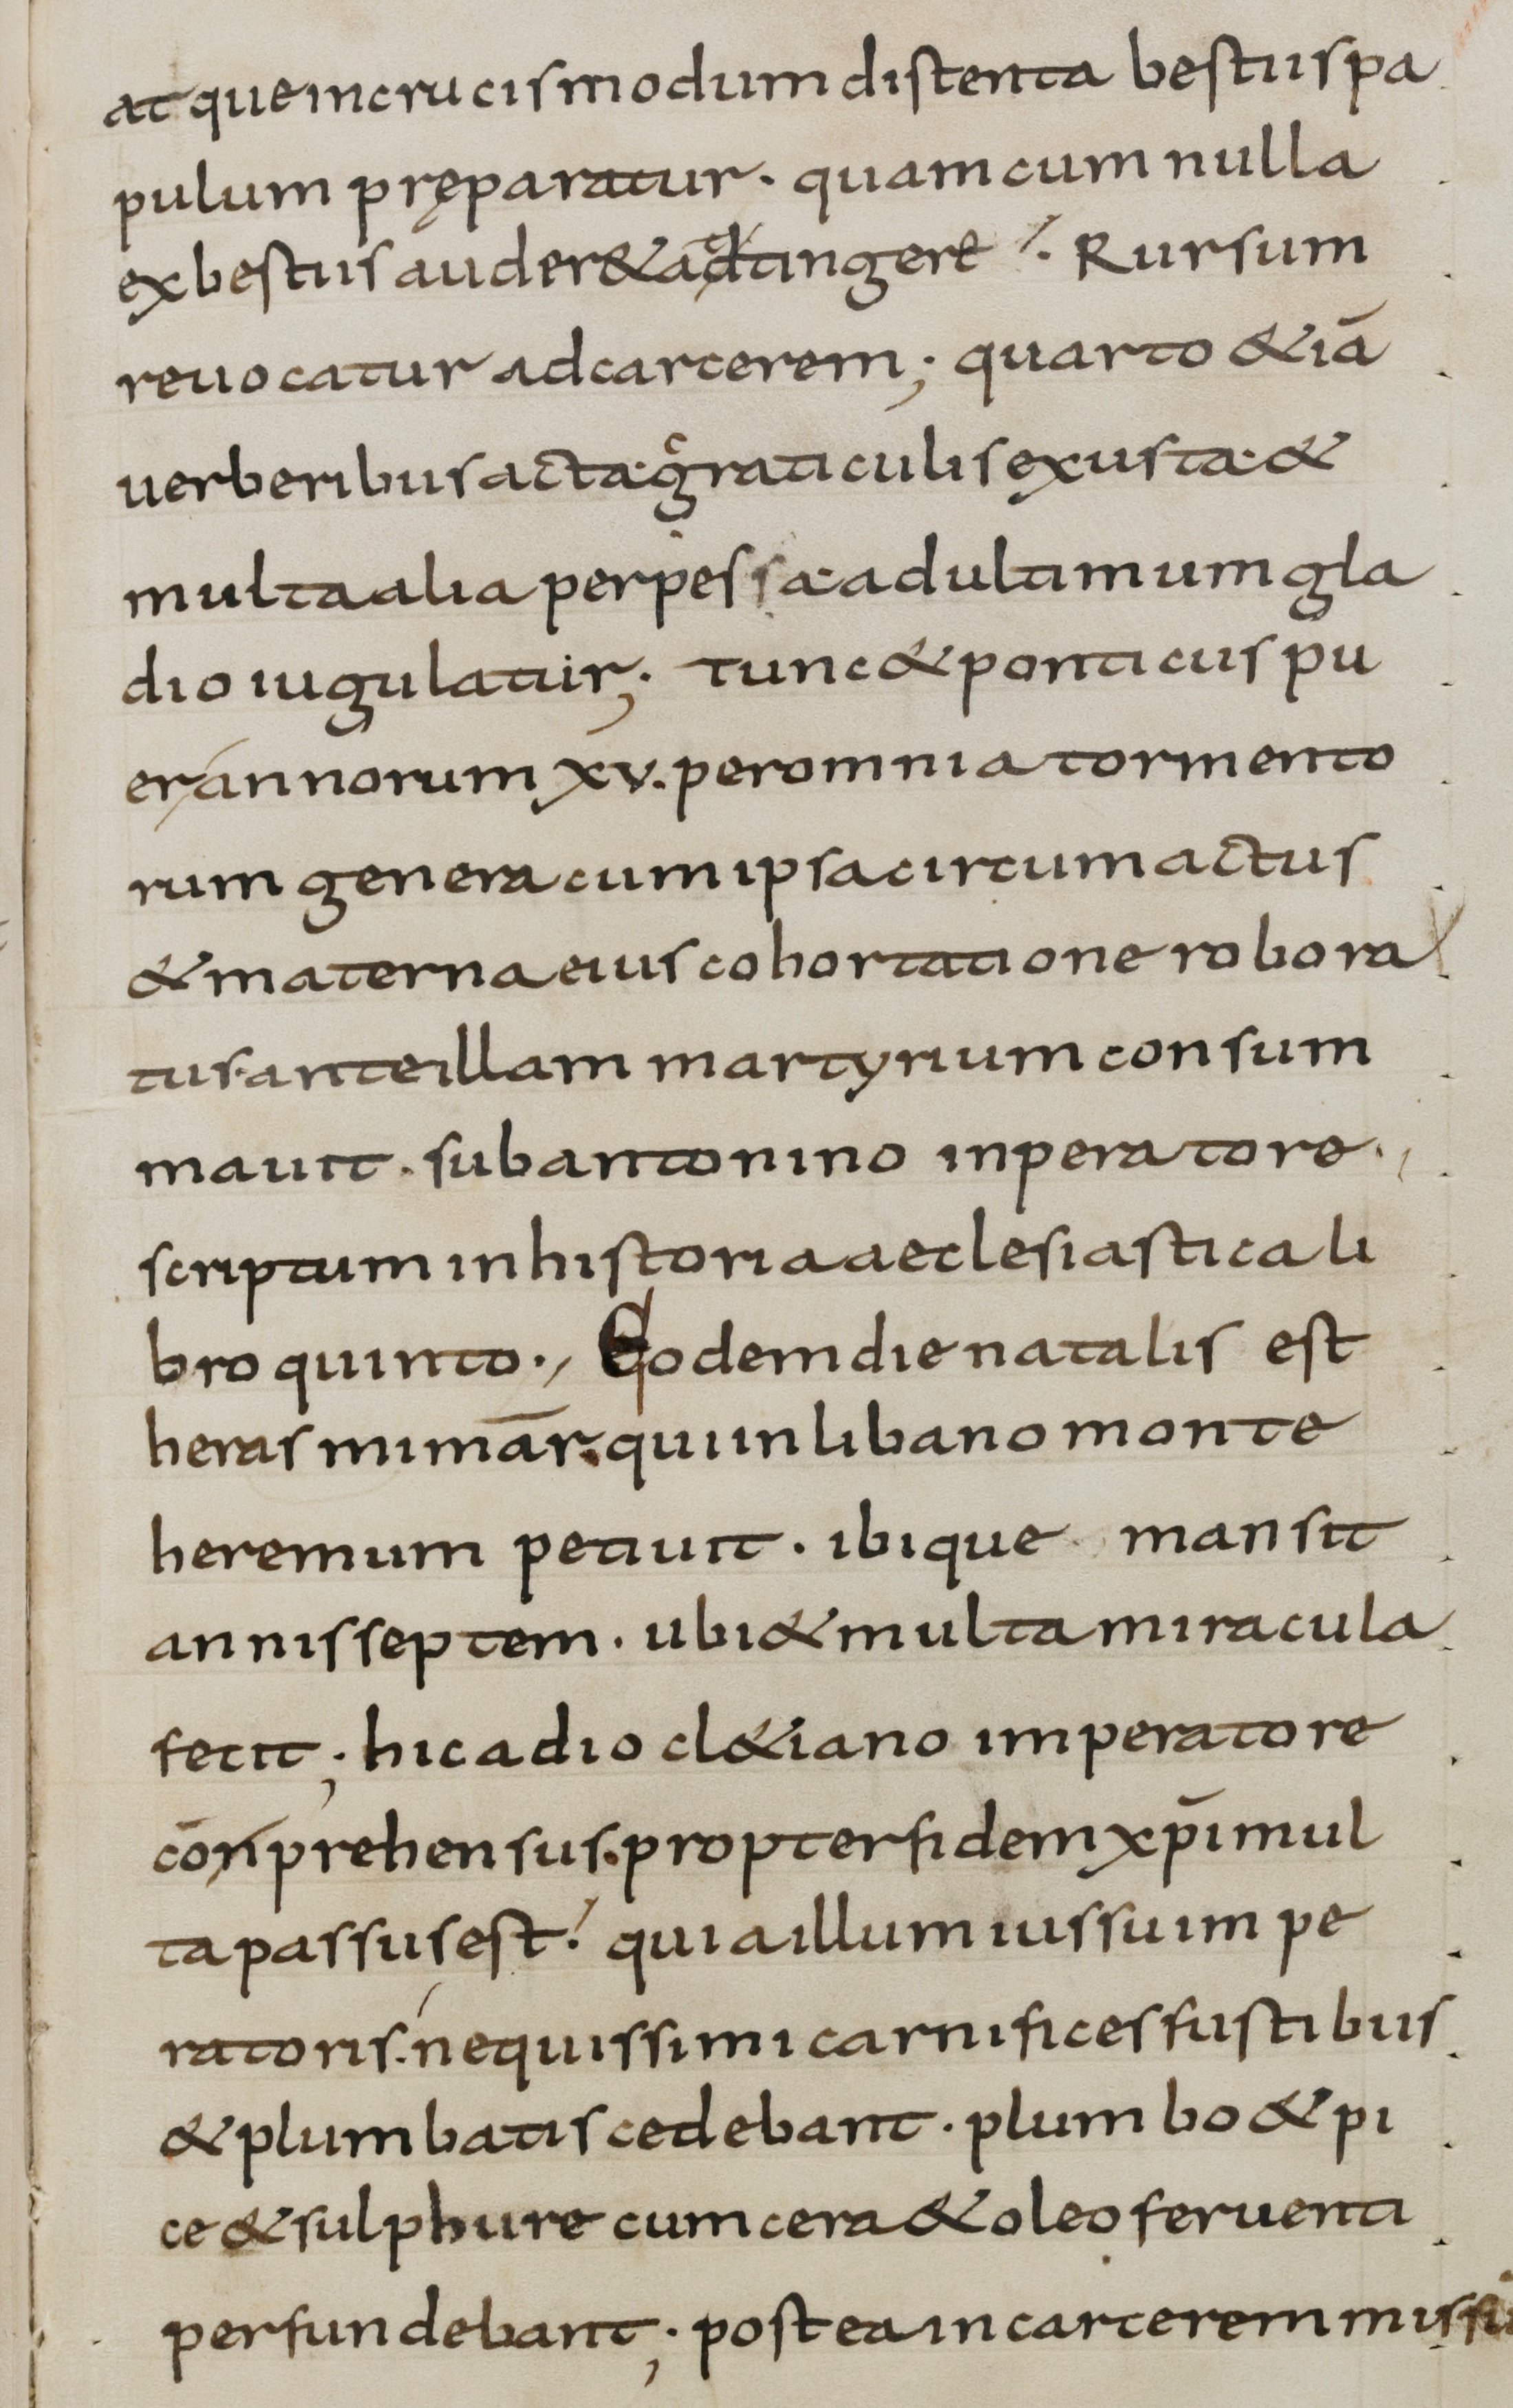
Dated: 800–899